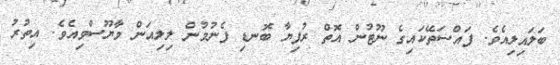
ބަލައިލިއެވެ. ފައްސަތޭކައިގެ ނޫޓުން އޮތް ރުފިޔާ ބޮނޑި ފެނުމުން ލިލިއަން މާޔޫސްވިއެވެ. އިތުރު